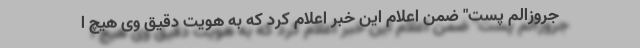
جروزالم پست" ضمن اعلام این خبر اعلام کرد که به هویت دقیق وی هیچ ا